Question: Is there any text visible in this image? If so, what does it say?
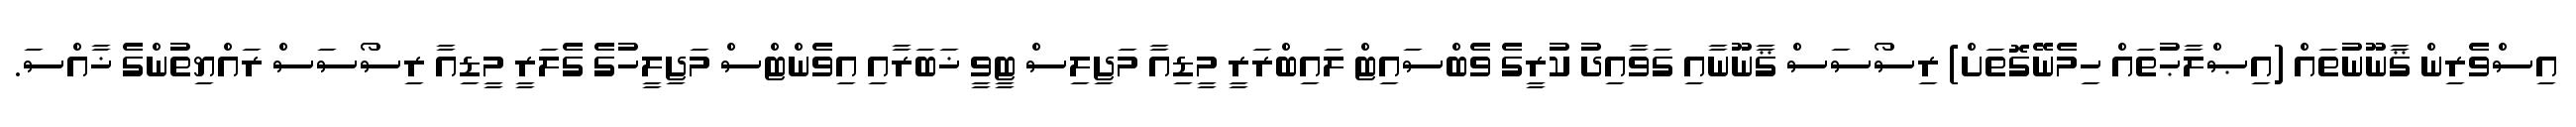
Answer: އިސްވެރިން ޤާނޫނުތައް (އިޞްލާޙުތައް ހިމެނޭގޮތަށް) ރިސޯސަސް ޤާނޫނާއި ގަވާއިދު ކުރީގެ ވެބްސައިޓް ލައިބްރަރީ މީޑިއާ މަޖިލިސް ޓީވީ ޚަބަރާއި އިވެންޓްސް މަޖިލީހުގެ ގެލަރީ މީޑިއާ ރިސޯސަސް ރައްޔިތުންގެ ޚާއްސަ.